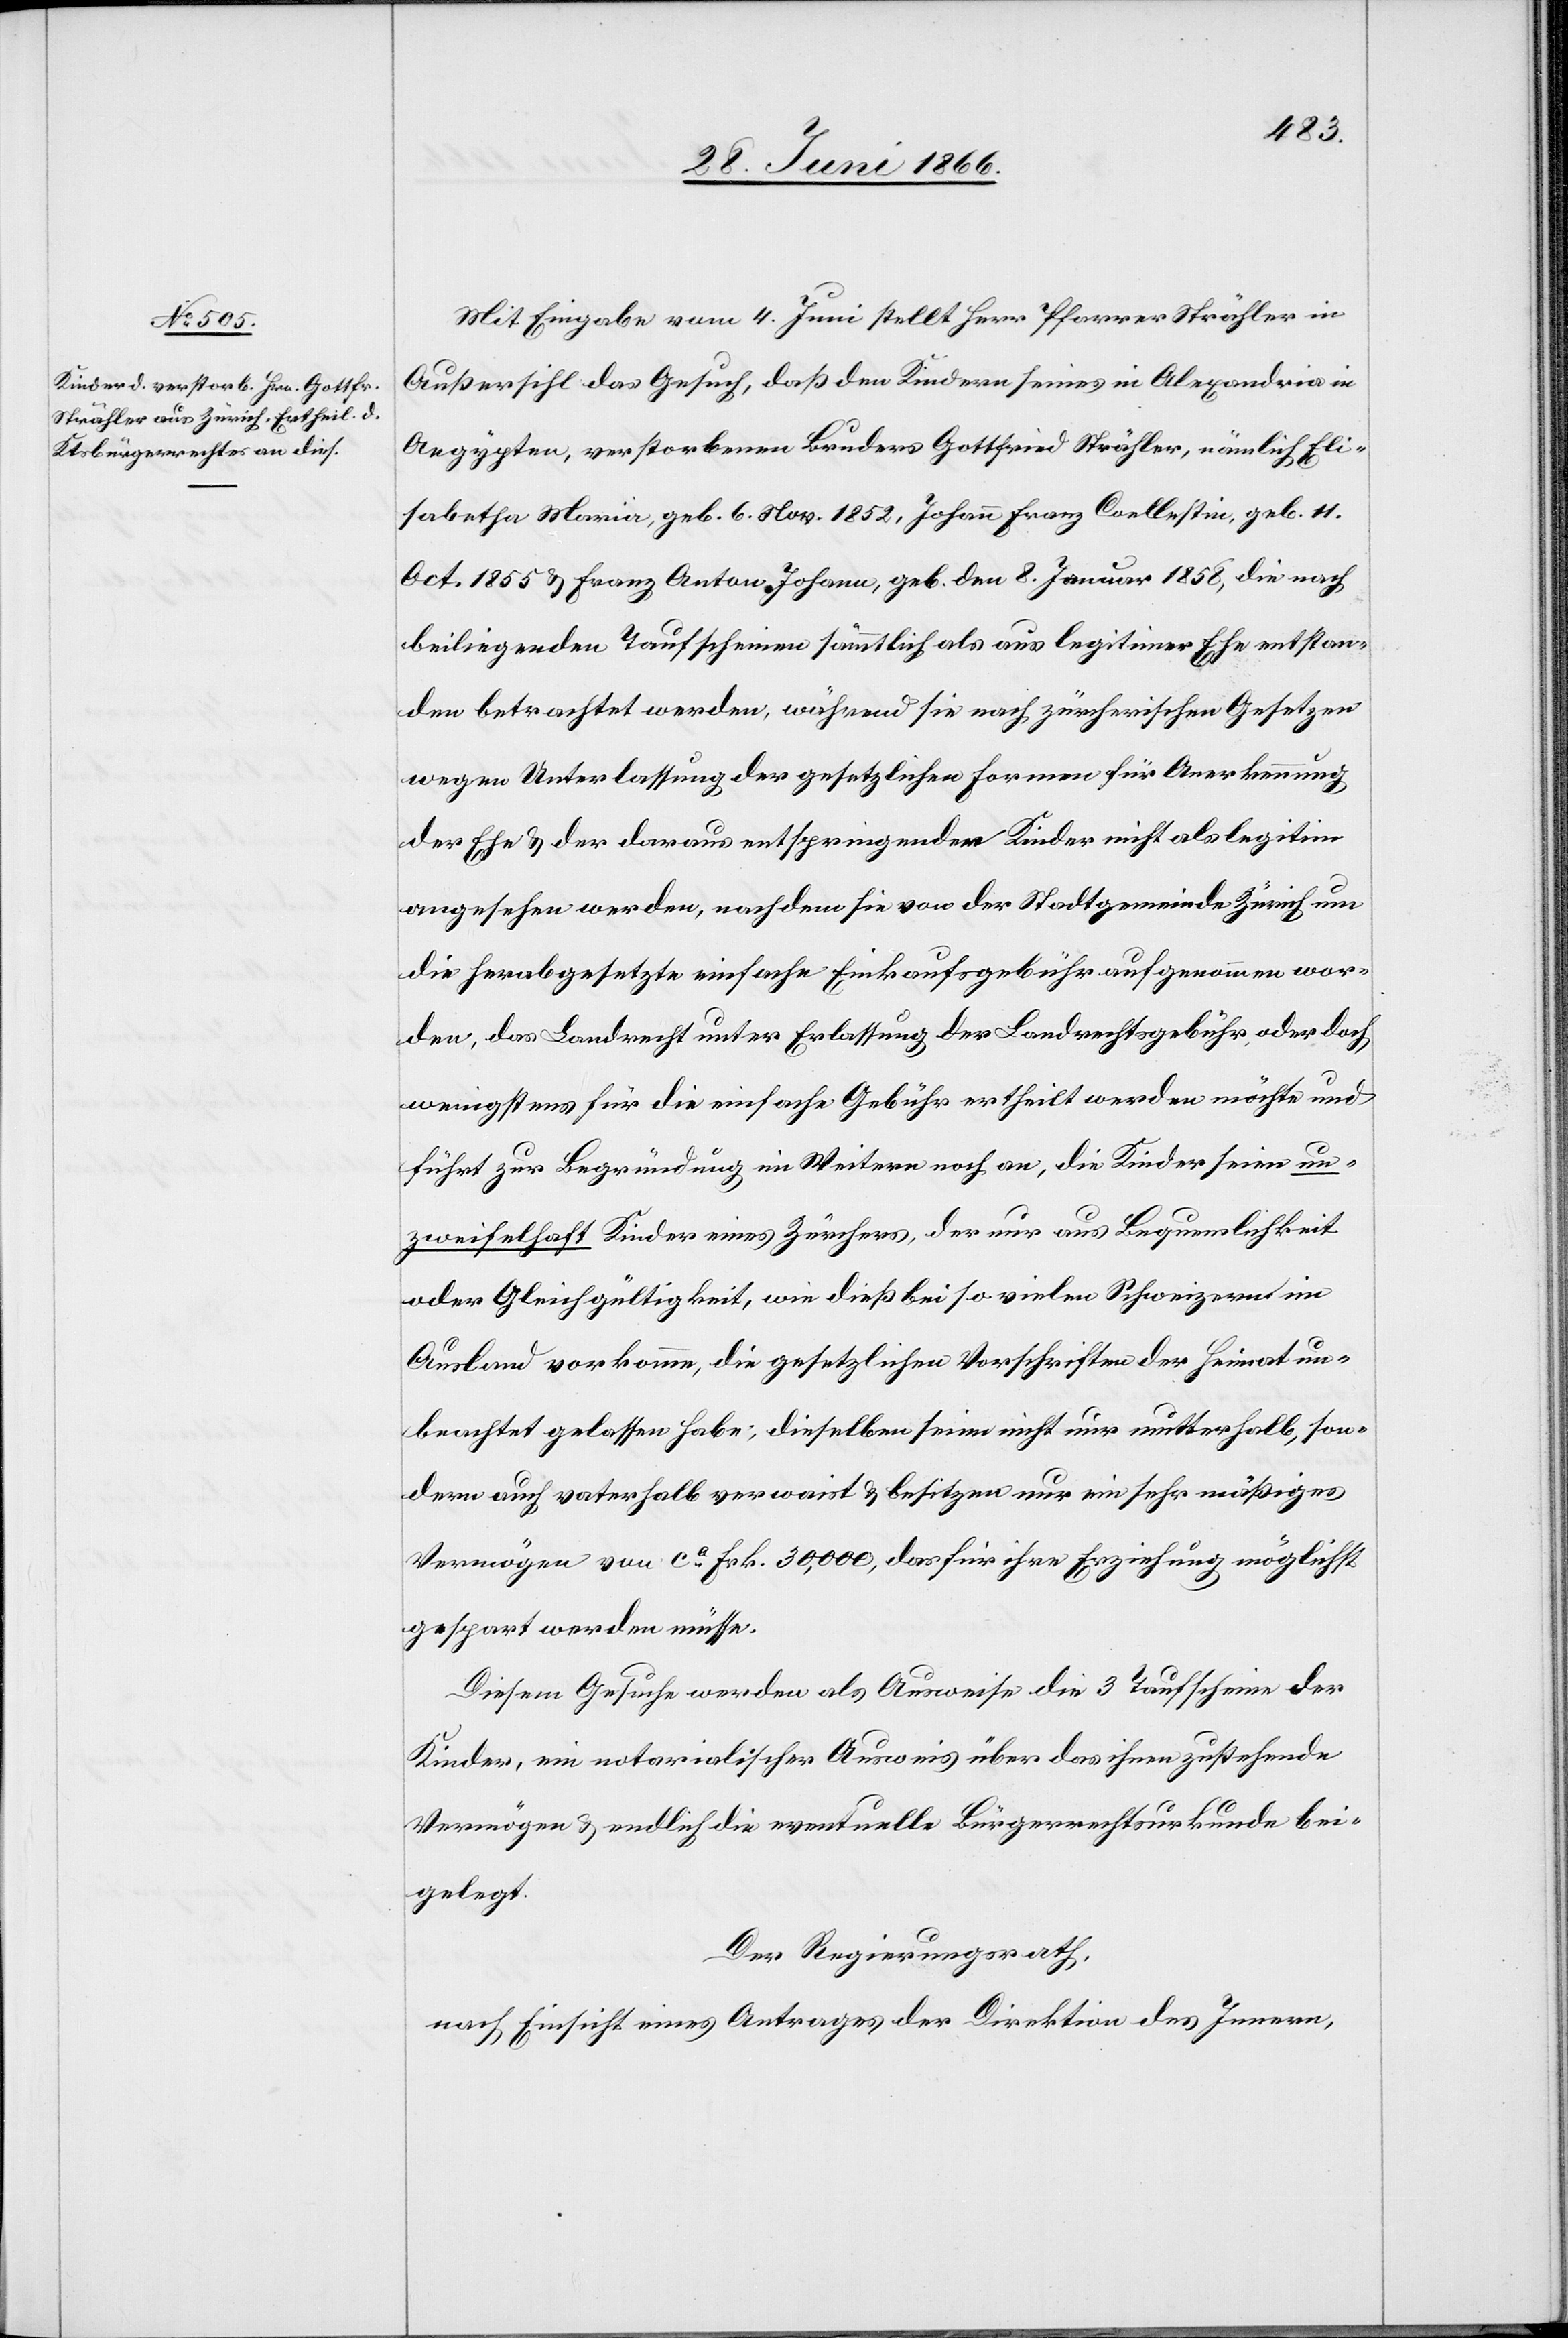
Mit Eingabe vom 4. Juni stellt Herr Pfarrer Strähler in
Außersihl das Gesuch, daß den Kindern eines in Alexandria in
Aegypten, verstorbenen Bruders Gottfried Strähler, nämlich Eli¬
sabetha Maria, geb. 6 Nov 1852, Johann Franz Coellestin, geb. 11.
Oct. 1855 u. Franz Anton Johann, geb. den 8. Januar 1858, die nach
beiliegenden Taufscheinen sämmtlich als aus legitimer Ehe entstan¬
den betrachtet werden, während sie nach zürcherischen Gesetzen
wegen Unterlassung der gesetzlichen Formen für Anerkennung
der Ehe u. der daraus entspringenden Kinder nicht als legitim
angesehen werden, nachdem sie von der Stadtgemeinde Zürich um
die herabgesetzte einfache Einkaufsgebühr aufgenommen wor¬
den, das Landrecht unter Erlassung der Landrechtsgebühr oder doch
wenigstens für die einfache Gebühr ertheilt werden möchte und
führt zur Begründung im Weitern an, die Kinder seien un¬
zweifelhaft Kinder eines Zürchers, der nur aus Bequemlichkeit
oder Gleichgültigkeit, wie dieß bei so vielen Schweizern im
Ausland vorkomme, die gesetzlichen Vorschriften der Heimat un¬
beachtet gelassen habe; dieselben seien nicht nur mutterhalb, son¬
dern auch vaterhalb verwaist u. besitzen nur ein sehr mäßiges
Vermögen von ca. Frk. 30 000, das für ihre Erziehung möglichst
gespart werden müsse.
Diesem Gesuche werden als Ausweise die 3 Taufscheine der
Kinder, ein notarialischer Ausweis über das ihnen zustehende
Vermögen u. endlich die eventuelle Bürgerrechtsurkunde bei¬
gelegt.
Der Regierungsrath,
nach Einsicht eines Antrages der Direktion des Innern,